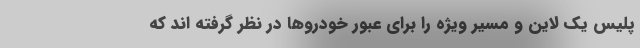
پلیس یک لاین و مسیر ویژه را برای عبور خودروها در نظر گرفته اند که